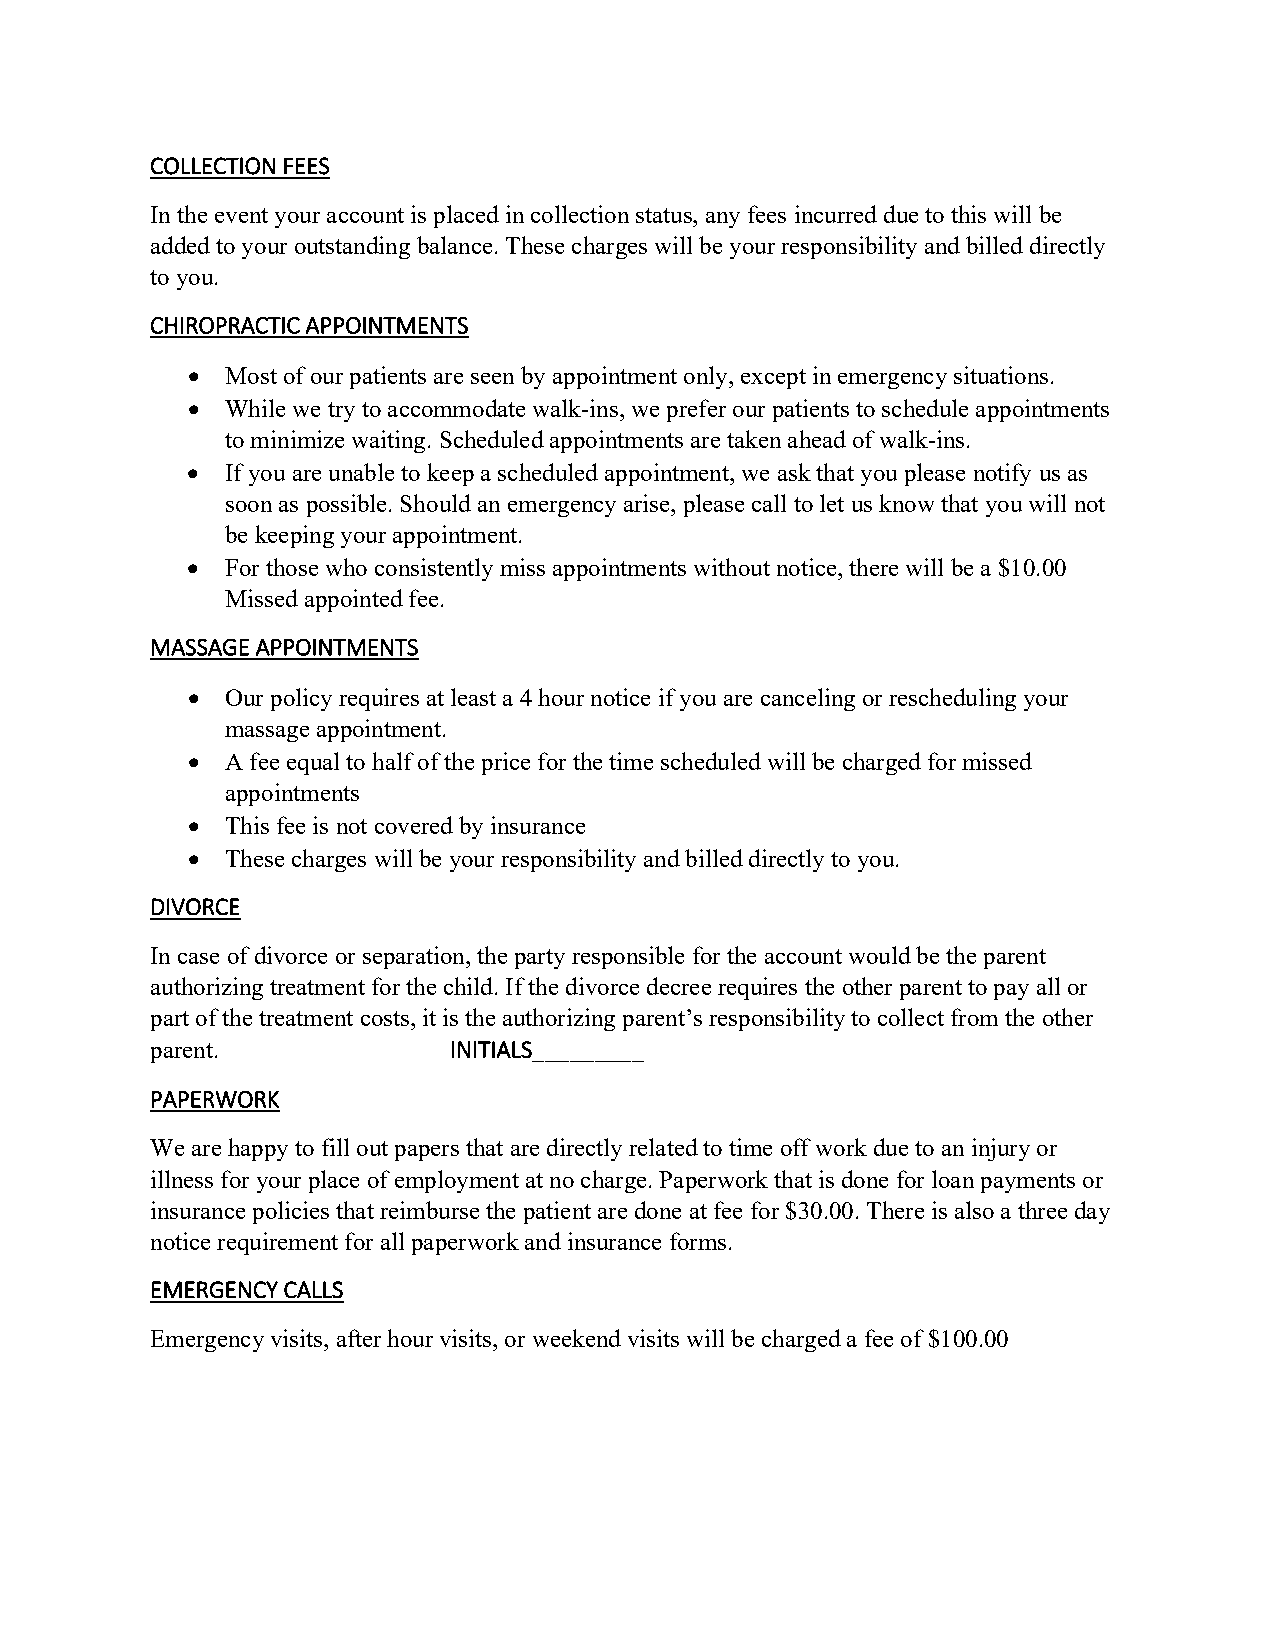
COLLECTION FEES
 In the event your account is placed in collection status, any fees incurred due to this will be
 added to your outstanding balance. These charges will be your responsibility and billed directly
 to you.
 CHIROPRACTIC APPOINTMENTS
 •  Most of our patients are seen by appointment only, except in emergency situations.
 •  While we try to accommodate walk-ins, we prefer our patients to schedule appointments
 to minimize waiting. Scheduled appointments are taken ahead of walk-ins.
 •  If you are unable to keep a scheduled appointment, we ask that you please notify us as
 soon as possible. Should an emergency arise, please call to let us know that you will not
 be keeping your appointment.
 •  For those who consistently miss appointments without notice, there will be a $10.00
 Missed appointed fee.
 MASSAGE APPOINTMENTS
 •  Our policy requires at least a 4 hour notice if you are canceling or rescheduling your
 massage appointment.
 •  A fee equal to half of the price for the time scheduled will be charged for missed
 appointments
 •  This fee is not covered by insurance
 •  These charges will be your responsibility and billed directly to you.
 DIVORCE
 In case of divorce or separation, the party responsible for the account would be the parent
 authorizing treatment for the child. If the divorce decree requires the other parent to pay all or
 part of the treatment costs, it is the authorizing parent’s responsibility to collect from the other
 parent.             INITIALS_________
 PAPERWORK
 We are happy to fill out papers that are directly related to time off work due to an injury or
 illness for your place of employment at no charge. Paperwork that is done for loan payments or
 insurance policies that reimburse the patient are done at fee for $30.00. There is also a three day
 notice requirement for all paperwork and insurance forms.
 EMERGENCY CALLS
 Emergency visits, after hour visits, or weekend visits will be charged a fee of $100.00